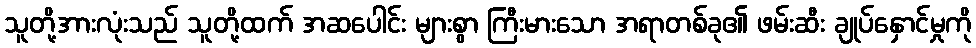
သူတို့အားလုံးသည် သူတို့ထက် အဆပေါင်း များစွာ ကြီးမားသော အရာတစ်ခု၏ ဖမ်းဆီး ချုပ်နှောင်မှုကို